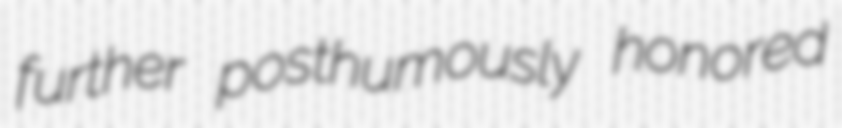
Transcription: further posthumously honored